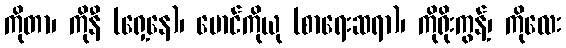
ကိုတာ၊ ကိုနီ (ရှေ့နေ)၊ မောင်ကိုယု (စာရေးဆရာ)၊ ကိုရိုးကွန့်၊ ကိုလေး